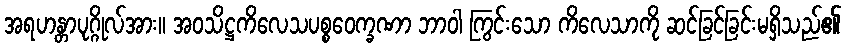
အရဟန္တာပုဂ္ဂိုလ်အား။ အဝသိဋ္ဌကိလေသပစ္စဝေက္ခဏာ ဘာဝါ ကြွင်းသော ကိလေသာကို ဆင်ခြင်ခြင်းမရှိသည်၏